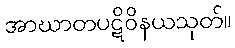
အာဃာတပဋိဝိနယသုတ်။